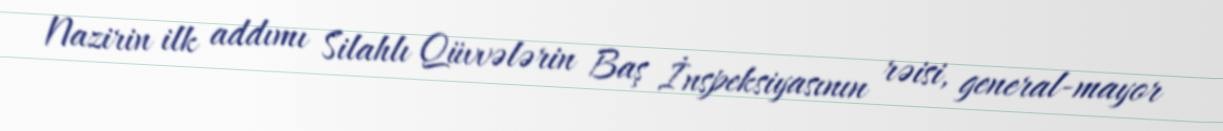
Nazirin ilk addımı Silahlı Qüvvələrin Baş İnspeksiyasının rəisi, general-mayor